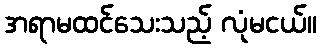
အရာမထင်သေးသည့် လုံမငယ်။